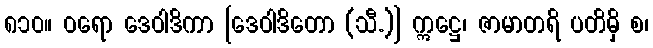
၈၁၀။ ဝရော ဒေဝါဒိကာ [ဒေဝါဒိတော (သီ.)] ဣဋ္ဌေ၊ ဇာမာတရိ ပတိမှိ စ၊